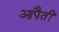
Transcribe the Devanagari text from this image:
आपैतीं